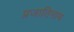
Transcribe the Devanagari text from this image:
प्रजातिनाम